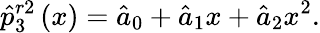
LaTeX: \hat{p}_{3}^{r2}\left(x\right)={{\hat{a}}_{0}}+{{\hat{a}}_{1}}x+{{\hat{a}}_{2}}{{x}^{2}}.